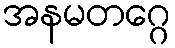
အနမတဂ္ဂေ